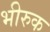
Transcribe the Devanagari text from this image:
भीरुक